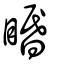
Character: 䁕